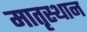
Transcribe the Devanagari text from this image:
मातृस्थान